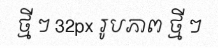
ថ្មី ៗ 32px រូបភាព ថ្មី ៗ